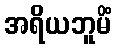
အရိယဘူမိံ